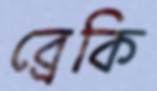
ব্রেকি